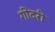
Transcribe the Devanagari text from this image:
गीदरी